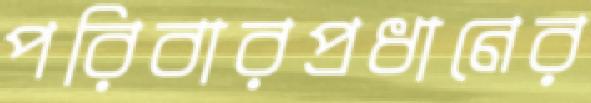
পরিবারপ্রধানের